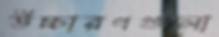
উচ্চারণগুলো